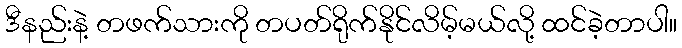
ဒီနည်းနဲ့ တဖက်သားကို တပတ်ရိုက်နိုင်လိမ့်မယ်လို့ ထင်ခဲ့တာပါ။